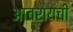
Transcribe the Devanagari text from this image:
आचरायची